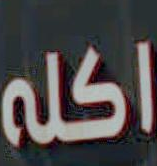
اكله